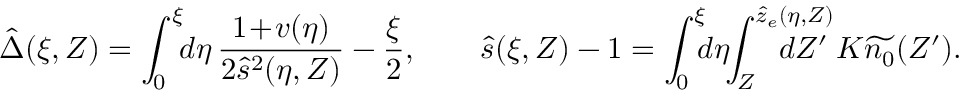
\hat { \Delta } ( \xi , Z ) = \int _ { 0 } ^ { \xi } \! \! d \eta \, \frac { 1 \! + \! v ( \eta ) } { 2 \hat { s } ^ { 2 } ( \eta , Z ) } - \frac { \xi } 2 , \qquad \hat { s } ( \xi , Z ) - 1 = \int _ { 0 } ^ { \xi } \! \! \! d \eta \! \! \int _ { Z } ^ { \hat { z } _ { e } ( \eta , Z ) } \! \! \! \! \! \! \! \! \! \! \! \! d Z ^ { \prime } \: K \widetilde { n _ { 0 } } ( Z ^ { \prime } ) .